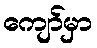
ကျော်မှာ